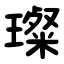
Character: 璨